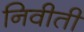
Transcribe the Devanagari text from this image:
निवीती